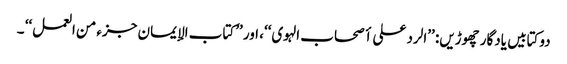
دوکتابیں یادگار چھوڑیں: ’’الرد علی أصحاب الہوی‘‘، اور ’’کتاب الإیمان جزء من العمل‘‘ ۔